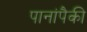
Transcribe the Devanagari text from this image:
पानांपैकी